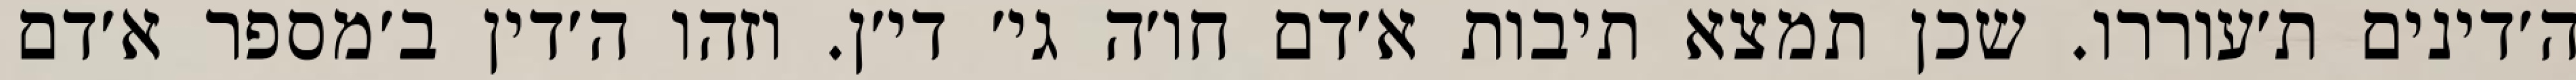
ה׳דינים ת׳עוררו. שכן תמצא תיבות א׳דם חו׳ה גי׳ די׳ן. וזהו ה׳דין ב׳מספר א׳דם